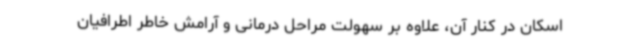
اسکان در کنار آن، علاوه بر سهولت مراحل درمانی و آرامش خاطر اطرافیان